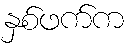
နှစ်ဖက်က